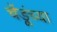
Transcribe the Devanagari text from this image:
चेंडूंच्या